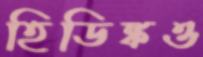
হিডিঙ্কও